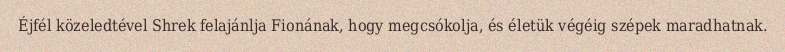
Éjfél közeledtével Shrek felajánlja Fionának, hogy megcsókolja, és életük végéig szépek maradhatnak.